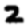
Digit: 2